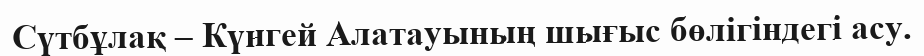
Сүтбұлақ – Күнгей Алатауының шығыс бөлігіндегі асу.